Indian journal of veterinary science and animal husbandry - Volumes 18-21, 1948-1951
Year: 1948
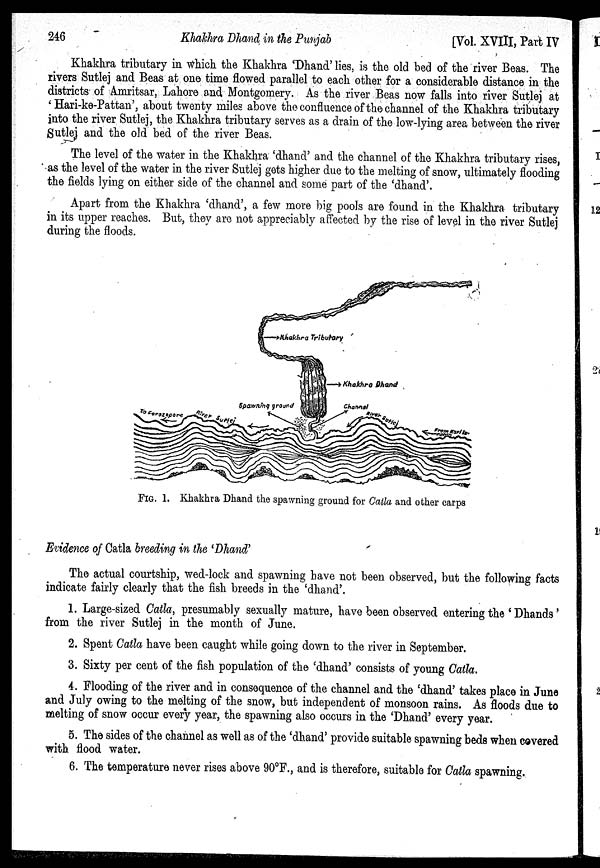
246
Khakhra Dhand in the Punjab
[Vol. XVIII, Part IV
Khakhra tributary in which, the Khakhra 'Dhand' lies, is the old bed of the river Beas. The
rivers Sutlej and Beas at one time flowed parallel to each other for a considerable distance in the
districts of Amritsar, Lahore and Montgomery. As the river Beas now falls into river Sutlej at
' Hari-ke-Pattan', about twenty miles above the confluence of the channel of the Khakhra tributary
into the river Sutlej, the Khakhra tributary serves as a drain of the low-lying area between the river
Sutlei and the old bed of the river Beas.
The level of the water in the Khakhra 'dhand' and the channel of the Khakhra tributary rises,
as the level of the water in the river Sutlej gets higher due to the melting of snow, ultimately flooding
the fields lying on either side of the channel and some part of the 'dhand'.
Apart from the Khakhra 'dhand', a few more big pools are found in the Khakhra tributary
in its upper reaches. But, they are not appreciably affected by the rise of level in the river Sutlej
during the floods.
FIG. 1. Khakhra Dhand the spawning ground for Catla and other carps
Evidence of Catla breeding in the 'Dhand'
The actual courtship, wed-lock and spawning have not been observed, but the following facts
indicate fairly clearly that the fish breeds in the 'dhand'.
1. Large-sized Catla, presumably sexually mature, have been observed entering the 'Dhands'
from the river Sutlej in the month of June.
2. Spent Catla have been caught while going down to the river in September.
3. Sixty per cent of the fish population of the 'dhand' consists of young Catla.
4. Flooding of the river and in consequence of the channel and the 'dhand' takes place in June
and July owing to the melting of the snow, but independent of monsoon rains. As floods due to
melting of snow occur every year, the spawning also occurs in the 'Dhand' every year.
5. The sides of the channel as well as of the 'dhand' provide suitable spawning beds when covered
with flood water.
6. The temperature never rises above 90°F., and is therefore, suitable for Catla spawning.